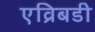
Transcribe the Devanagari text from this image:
एव्रिबडी